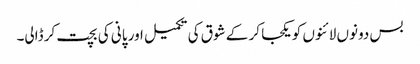
بس دونوں لائنوں کو یکجا کر کے شوق کی تکمیل اور پانی کی بچت کر ڈالی۔